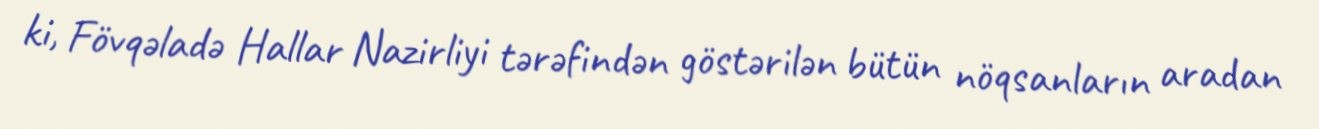
ki, Fövqəladə Hallar Nazirliyi tərəfindən göstərilən bütün nöqsanların aradan